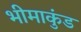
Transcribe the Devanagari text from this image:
भीमाकुंड